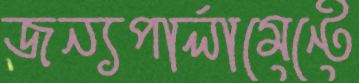
জন্যপার্লামেন্টে